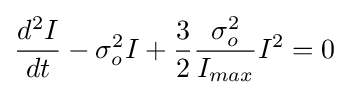
{\frac {d^{2}I}{dt}}-\sigma _{o}^{2}I+{\frac {3}{2}}{\frac {\sigma _{o}^{2}}{I_{max}}}I^{2}=0